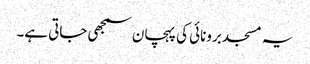
یہ مسجد برونائی کی پہچان سمجھی جاتی ہے۔